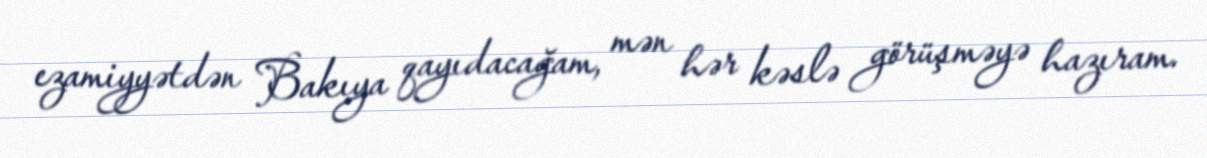
ezamiyyətdən Bakıya qayıdacağam, mən hər kəslə görüşməyə hazıram.